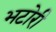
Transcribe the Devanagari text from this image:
भटोरी